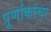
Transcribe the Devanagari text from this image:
पूर्णांकांचा